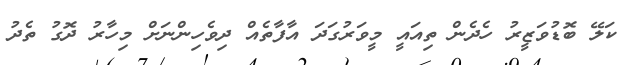
ކަލޭ ބޮޑުވަޒީރު ހެދެން ތިއައީ މީވަރުގަދަ އާފާތެއް ދިވެހިންނަށް މިހާރު ދޮގު ތެދު